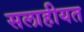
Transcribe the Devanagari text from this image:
सलाहीयत